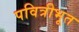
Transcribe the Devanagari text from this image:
पवित्रीभूत